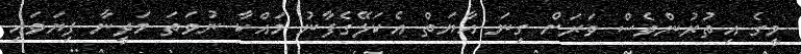
މީގެ އިތުރުންވެސް ވަރަށް ގިނަ އާޔަތް އެކަލޭގެފާނު މައްކާ ނުވަތަ މަދީނާ ފިޔަވައި